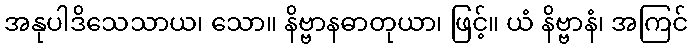
အနုပါဒိသေသာယ၊ သော။ နိဗ္ဗာနဓာတုယာ၊ ဖြင့်။ ယံ နိဗ္ဗာနံ၊ အကြင်